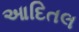
આદિતલ